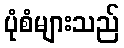
ပုံစံများသည်